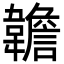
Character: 䪜